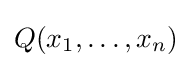
Q(x_{1},\ldots ,x_{n})